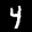
Label: 4